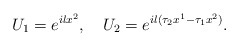
\begin{align*}U_1 = e^{i l x^2}, \quad U_2 = e^{i l(\tau_2 x^1 - \tau_1 x^2)}.\end{align*}